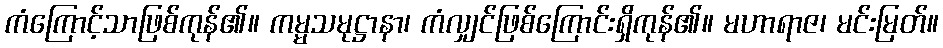
ကံကြောင့်သာဖြစ်ကုန်၏။ ကမ္မသမုဋ္ဌာနာ၊ ကံလျှင်ဖြစ်ကြောင်းရှိကုန်၏။ မဟာရာဇ၊ မင်းမြတ်။